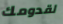
لقدومك